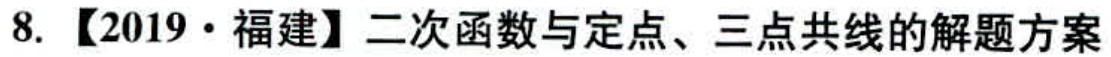
8. 【2019·福建】二次函数与定点、三点共线的解题方案